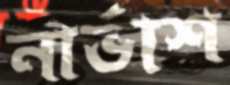
নার্ভাশ